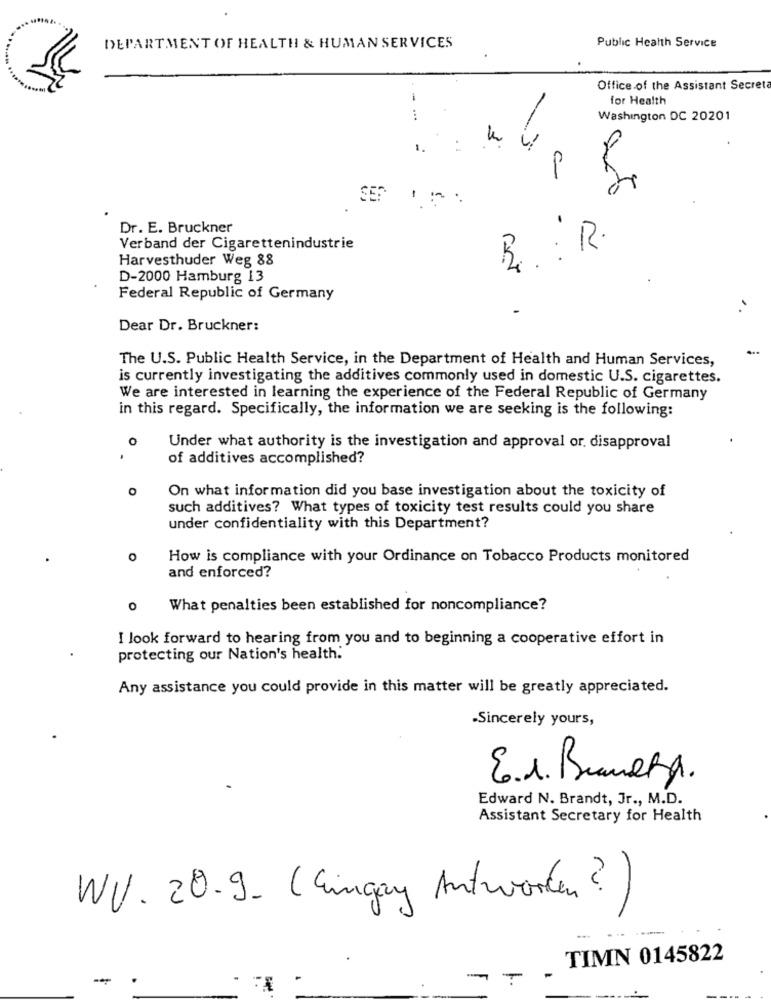
Public Health Service
DEPARTMENT OF HEALTH & HUMAN SERVICES
Office of the Assistant Secret
-
for Health
...
Washington DC 20201
1.
. 1
SER
Dr. E. Bruckner
Verband der Cigarettenindustrie
R : R
Harvesthuder Weg 88
D-2000 Hamburg 13
Federal Republic of Germany
..
Dear Dr. Bruckner:
The U.S. Public Health Service, in the Department of Health and Human Services,
is currently investigating the additives commonly used in domestic U.S. cigarettes.
We are interested in learning the experience of the Federal Republic of Germany
in this regard. Specifically, the information we are seeking is the following:
O
Under what authority is the investigation and approval or. disapproval
of additives accomplished?
O
On what information did you base investigation about the toxicity of
such additives? What types of toxicity test results could you share
under confidentiality with this Department?
How is compliance with your Ordinance on Tobacco Products monitored
and enforced?
O
What penalties been established for noncompliance?
I look forward to hearing from you and to beginning a cooperative effort in
protecting our Nation's health.
Any assistance you could provide in this matter will be greatly appreciated.
-Sincerely yours,
E.1. Bruneta.
Edward N. Brandt, Jr ., M.D.
Assistant Secretary for Health
WV. 20.9. (Eingay Antworten ?)
TIMN 0145822
-
- -